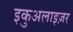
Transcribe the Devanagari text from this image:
इकुअलाइज़र